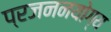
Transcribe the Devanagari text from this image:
प्रजननयोग्य